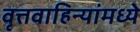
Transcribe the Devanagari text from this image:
वृत्तवाहिन्यांमध्ये